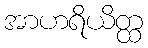
အာဟရိယိတ္ထ